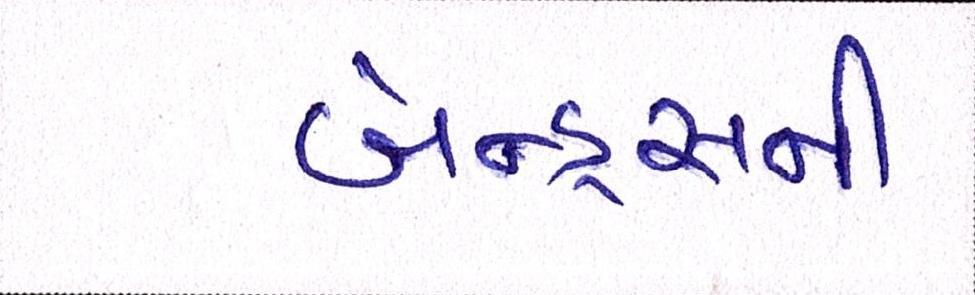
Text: બેન્ડ્સની